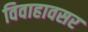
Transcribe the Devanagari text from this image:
विवाहावसर